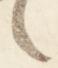
々